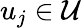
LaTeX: u_{j}\in\mathcal{U}